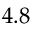
4 . 8